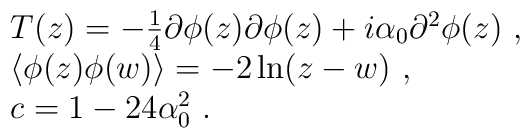
\begin{array}{rcl}& & T(z) = -\frac{1}{4} \partial \phi(z) \partial                          \phi(z) + i \alpha_0 \partial^2 \phi(z)~,\\& &\langle\phi(z) \phi(w)\rangle= -2\ln (z - w)~,\\& &c = 1 - 24\alpha^2_0~.\end{array}